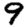
Digit: 9